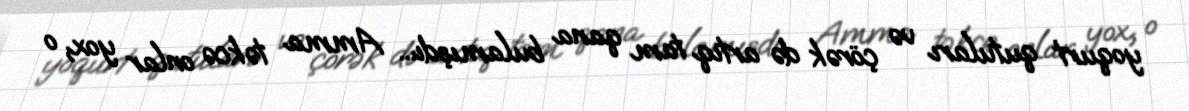
yoqurt qutuları və çörək də artıq tam qana bulamışdı... Amma təkcə onlar yox, o